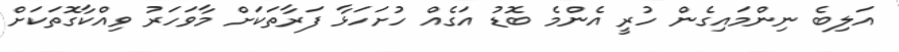
އަލިބެ ނިންމައިގެން ހުރީ އެންމެ ބޮޑު އަގެއް ހުށަހަޅާ ފަރާތަކަށް މާވަހަރު ވިއްކާގޮތަކަށް